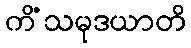
ကိံသမုဒယာတိ